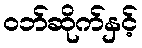
ဝဘ်ဆိုက်နှင့်